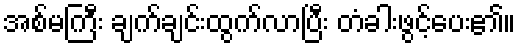
အစ်မကြီး ချက်ချင်းထွက်လာပြီး တံခါးဖွင့်ပေး၏။